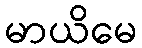
မာယိမေ